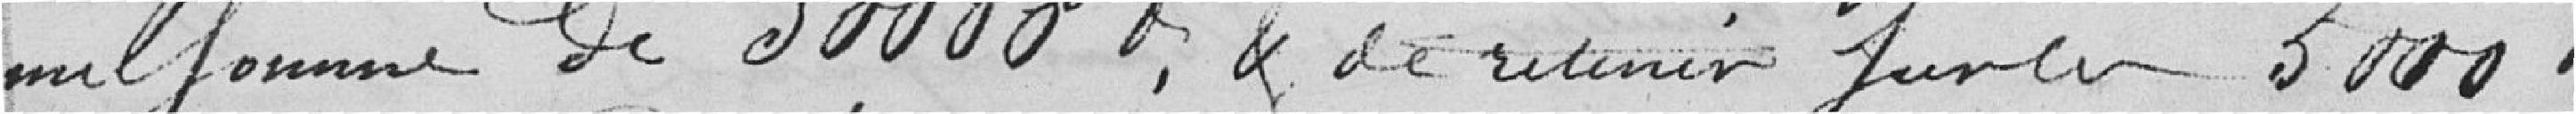
une somme de 30000 francs et de retenir sur les 5000